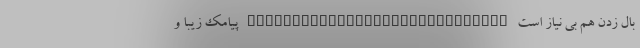
بال زدن هم بی نیاز است _____________________________ پیامک زیبا و